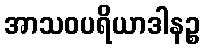
အာသဝပရိယာဒါနဉ္စ